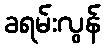
ခရမ်းလွန်